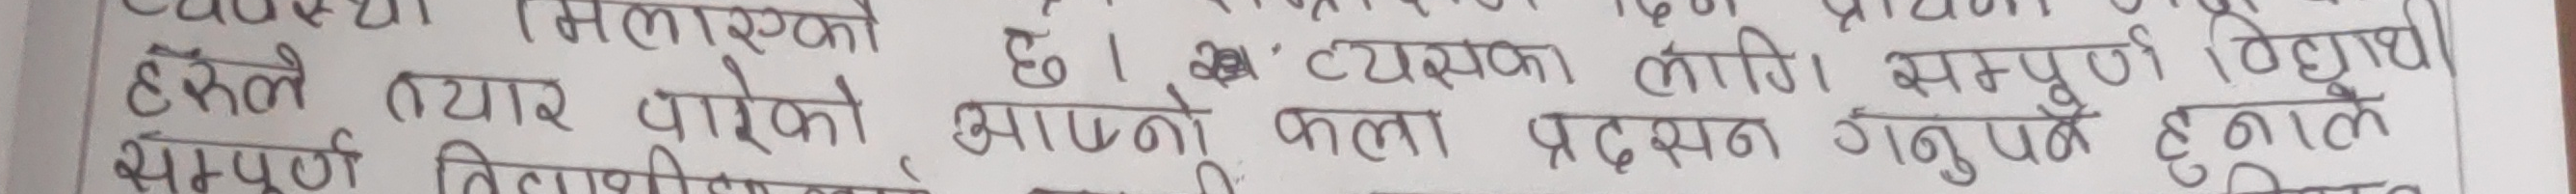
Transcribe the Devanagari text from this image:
छ। त्यसका लागि सम्पूर्ण विद्युत्
आफ्नो पाला प्रदर्शन गर्नुपर्ने हुनाले